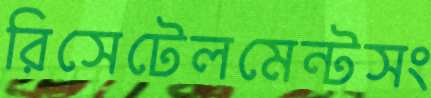
রিসেটেলমেন্টসং